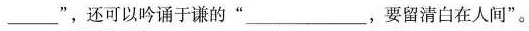
___”，还可以吟诵于谦的“___，要留清白在人间”。